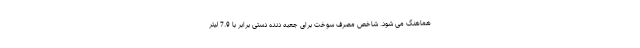
هماهنگ می شود. شاخص مصرف سوخت برای جعبه دنده دستی برابر با 7.9 لیتر